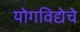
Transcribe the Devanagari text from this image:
योगविद्येचे